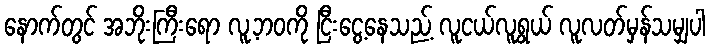
နောက်တွင် အဘိုးကြီးရော လူ့ဘဝကို ငြီးငွေ့နေသည့် လူငယ်လူရွယ် လူလတ်မှန်သမျှပါ